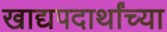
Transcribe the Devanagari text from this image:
खाद्यपदार्थांच्या